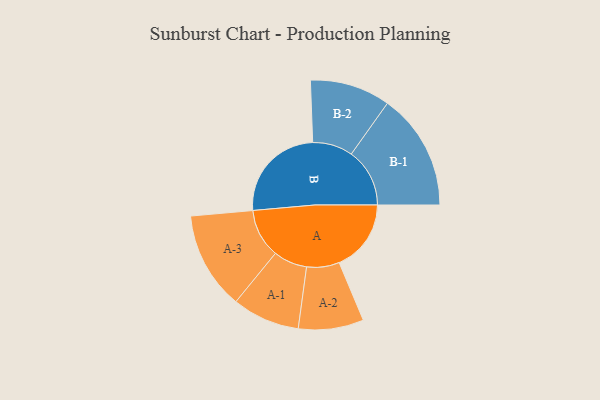
{"axis": {"x": "Segment", "y": "Value"}, "legend": ["", "A", "B"], "data": [{"x": "A", "y": 324, "type": ""}, {"x": "B", "y": 448, "type": ""}, {"x": "A-1", "y": 152, "type": "A"}, {"x": "A-2", "y": 147, "type": "A"}, {"x": "A-3", "y": 220, "type": "A"}, {"x": "B-1", "y": 263, "type": "B"}, {"x": "B-2", "y": 181, "type": "B"}]}